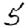
Digit: 5